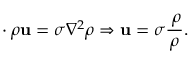
{ \bf \nabla } \cdot \rho { \bf u } = \sigma \nabla ^ { 2 } \rho \Rightarrow { \bf u } = \sigma \frac { { \bf \nabla } \rho } { \rho } .